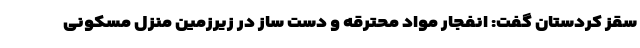
سقز کردستان گفت: انفجار مواد محترقه و دست ساز در زیرزمین منزل مسکونی